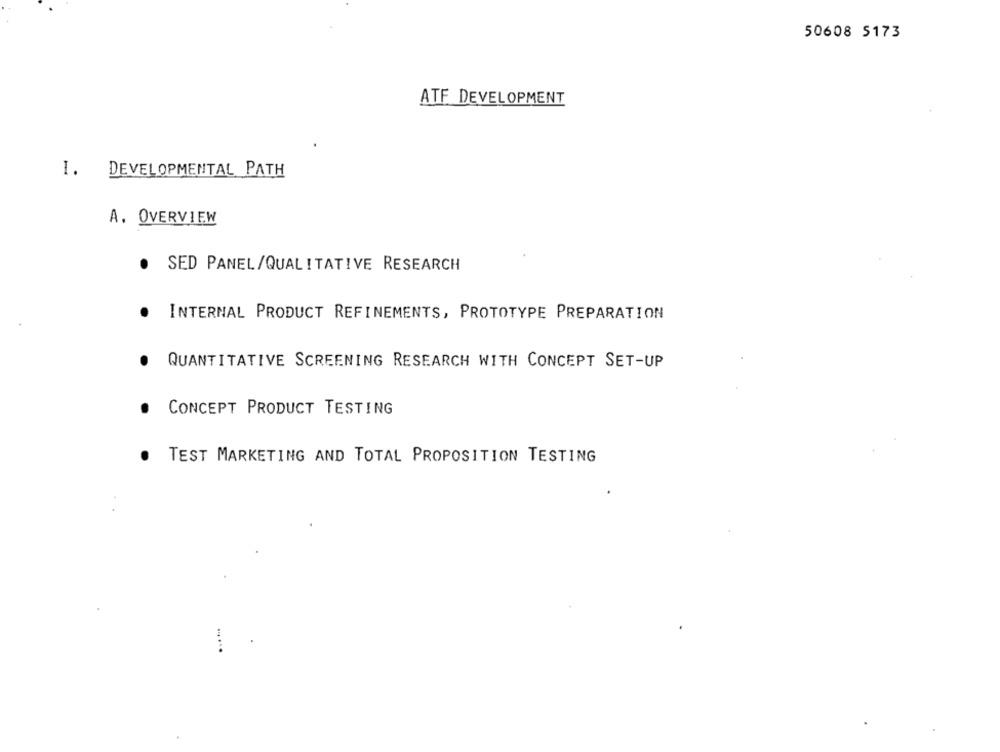
50608 5173
ATF DEVELOPMENT
1.
DEVELOPMENTAL PATH
A. OVERVIEW
SED PANEL/QUALITATIVE RESEARCH
INTERNAL PRODUCT REFINEMENTS, PROTOTYPE PREPARATION
QUANTITATIVE SCREENING RESEARCH WITH CONCEPT SET-UP
CONCEPT PRODUCT TESTING
TEST MARKETING AND TOTAL PROPOSITION TESTING